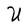
Character: U